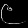
Digit: ၉